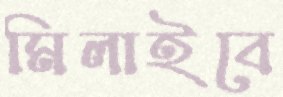
মিলাইবে